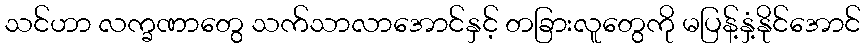
သင်ဟာ လက္ခဏာတွေ သက်သာလာအောင်နှင့် တခြားလူတွေကို မပြန့်နှံ့နိုင်အောင်